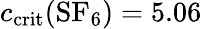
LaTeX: c_{\mathrm{crit}}(\mathrm{SF_{6}})=5.06